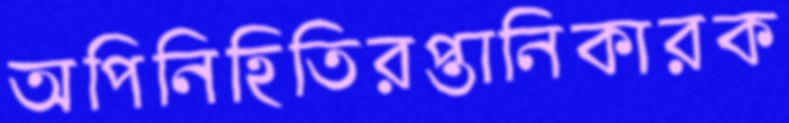
অপিনিহিতিরপ্তানিকারক